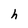
Character: h